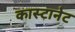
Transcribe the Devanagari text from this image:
कास्टानेट